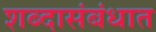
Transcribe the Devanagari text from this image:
शब्दासंबंधात